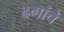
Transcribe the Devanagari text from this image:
ढगांचे